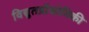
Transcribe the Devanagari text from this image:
विद्युतप्रौद्योगिकी